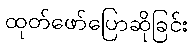
ထုတ်ဖော်ပြောဆိုခြင်း